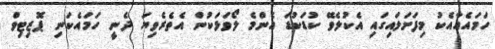
ހަމައެއާއެކު މިފަށަލައިގައި އެކުލެވޭ ކުޑަކުޑަ އެންމެ ލޯވަޅަކުން އެތެރެވިޔަ ދެނީ ހަމައެކަނި ޕޮޒިޓިވް